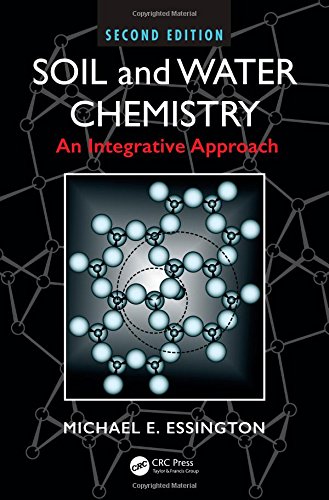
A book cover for Soil and Water Chemistry: An Integrative Approach, Second Edition; Michael E. Essington; Science & Math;